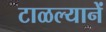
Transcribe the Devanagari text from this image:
टाळल्यानें